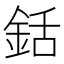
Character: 銛